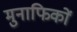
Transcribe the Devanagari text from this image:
मुनाफिकों